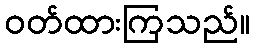
ဝတ်ထားကြသည်။